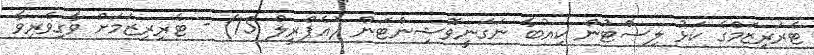
ޓެރަރިޒަމްގެ ކަޅު ލިސްޓުން ކިއުބާ ނަގަނީވޮޝިންޓަން (އެޕްރީލް 15) - ޓެރިރިޒަމަށް ވާގިވެރިވާ